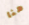
هنا